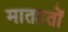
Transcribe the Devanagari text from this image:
मातहतों